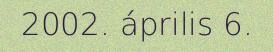
2002. április 6.